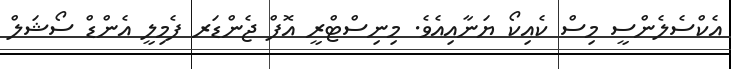
އެކްސެލެންސީ މިސް ކެއިކޯ ޔަނާއިއެވެ. މިނިސްޓްރީ އޮފް ޖެންޑަރ ފެމިލީ އެންޑް ސޯޝަލް